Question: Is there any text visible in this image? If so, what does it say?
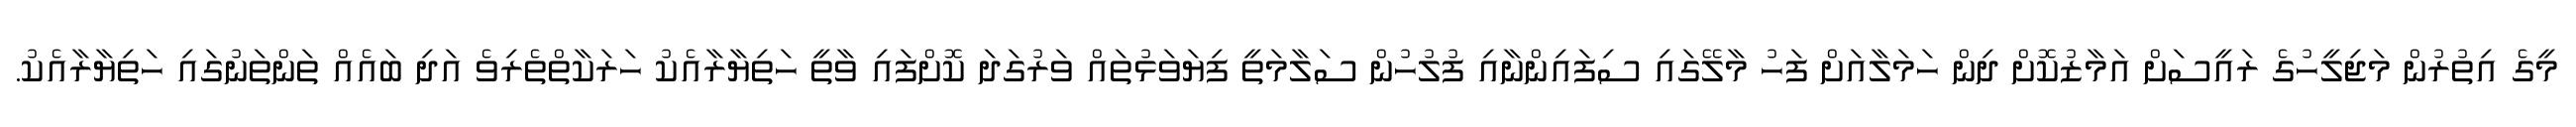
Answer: މީގެ އިތުރުން މަޖިލީހުގެ ރައީސަށް އަމާޒުކޮށް ދިން ހަމަލާއަށް ފަހު މާލޭގައި ސިފައިންނާއި ފުލުހުން ސަލާމަތީ ފިޔަވަޅުތައް ވަރުގަދަ ކޮށްފައި ވާތީ ހަތިޔާރާއެކު ހަރަކާތްތެރިވެ އަދި ބައެއް ތަންތަނުގައި ހަތިޔާރާއެކު.